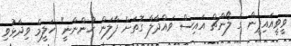
ވީވީއައިޕީން ގެ ލޯންޗް އައިސް ވައްދާލާ ގޮތަށް ފާލަން ހުންނާނީ" ހަލީމް ވިދާޅުވި